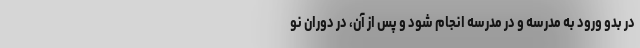
در بدو ورود به مدرسه و در مدرسه انجام شود و پس از آن، در دوران نو